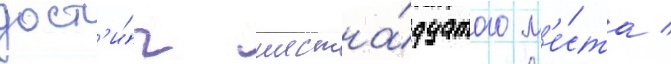
дост'и́г шестна́дцатого м'е́ста /